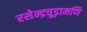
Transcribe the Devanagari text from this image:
रसेन्द्रचूड़ामणि